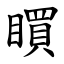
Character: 䁲